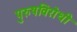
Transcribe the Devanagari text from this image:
पुरुषविरोधी